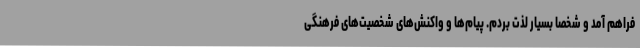
فراهم آمد و شخصاً بسیار لذت بردم. پیام‌ها و واکنش‌های شخصیت‌های فرهنگی